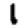
Digit: 1